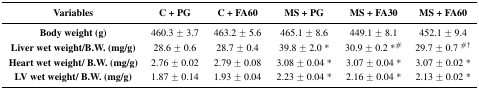
<table><thead><tr><td><b>Variables</b></td><td><b>C + PG</b></td><td><b>C + FA60</b></td><td><b>MS + PG</b></td><td><b>MS + FA30</b></td><td><b>MS + FA60</b></td></tr></thead><tbody><tr><td><b>Body weight (g)</b></td><td>460.3 ± 3.7</td><td>463.2 ± 5.6</td><td>465.1 ± 8.6</td><td>449.1 ± 8.1</td><td>452.1 ± 9.4</td></tr><tr><td><b>Liver wet weight/B.W. (mg/g)</b></td><td>28.6 ± 0.6</td><td>28.7 ± 0.4</td><td>39.8 ± 2.0 *</td><td>30.9 ± 0.2 *<sup>#</sup></td><td>29.7 ± 0.7 <sup>#†</sup></td></tr><tr><td><b>Heart wet weight/ B.W. (mg/g)</b></td><td>2.76 ± 0.02</td><td>2.79 ± 0.08</td><td>3.08 ± 0.04 *</td><td>3.07 ± 0.04 *</td><td>3.07 ± 0.02 *</td></tr><tr><td><b>LV wet weight/ B.W. (mg/g)</b></td><td>1.87 ± 0.14</td><td>1.93 ± 0.04</td><td>2.23 ± 0.04 *</td><td>2.16 ± 0.04 *</td><td>2.13 ± 0.02 *</td></tr></tbody></table>